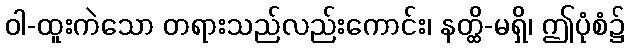
ဝါ-ထူးကဲသော တရားသည်လည်းကောင်း၊ နတ္ထိ-မရှိ၊ ဤပုံစံ၌